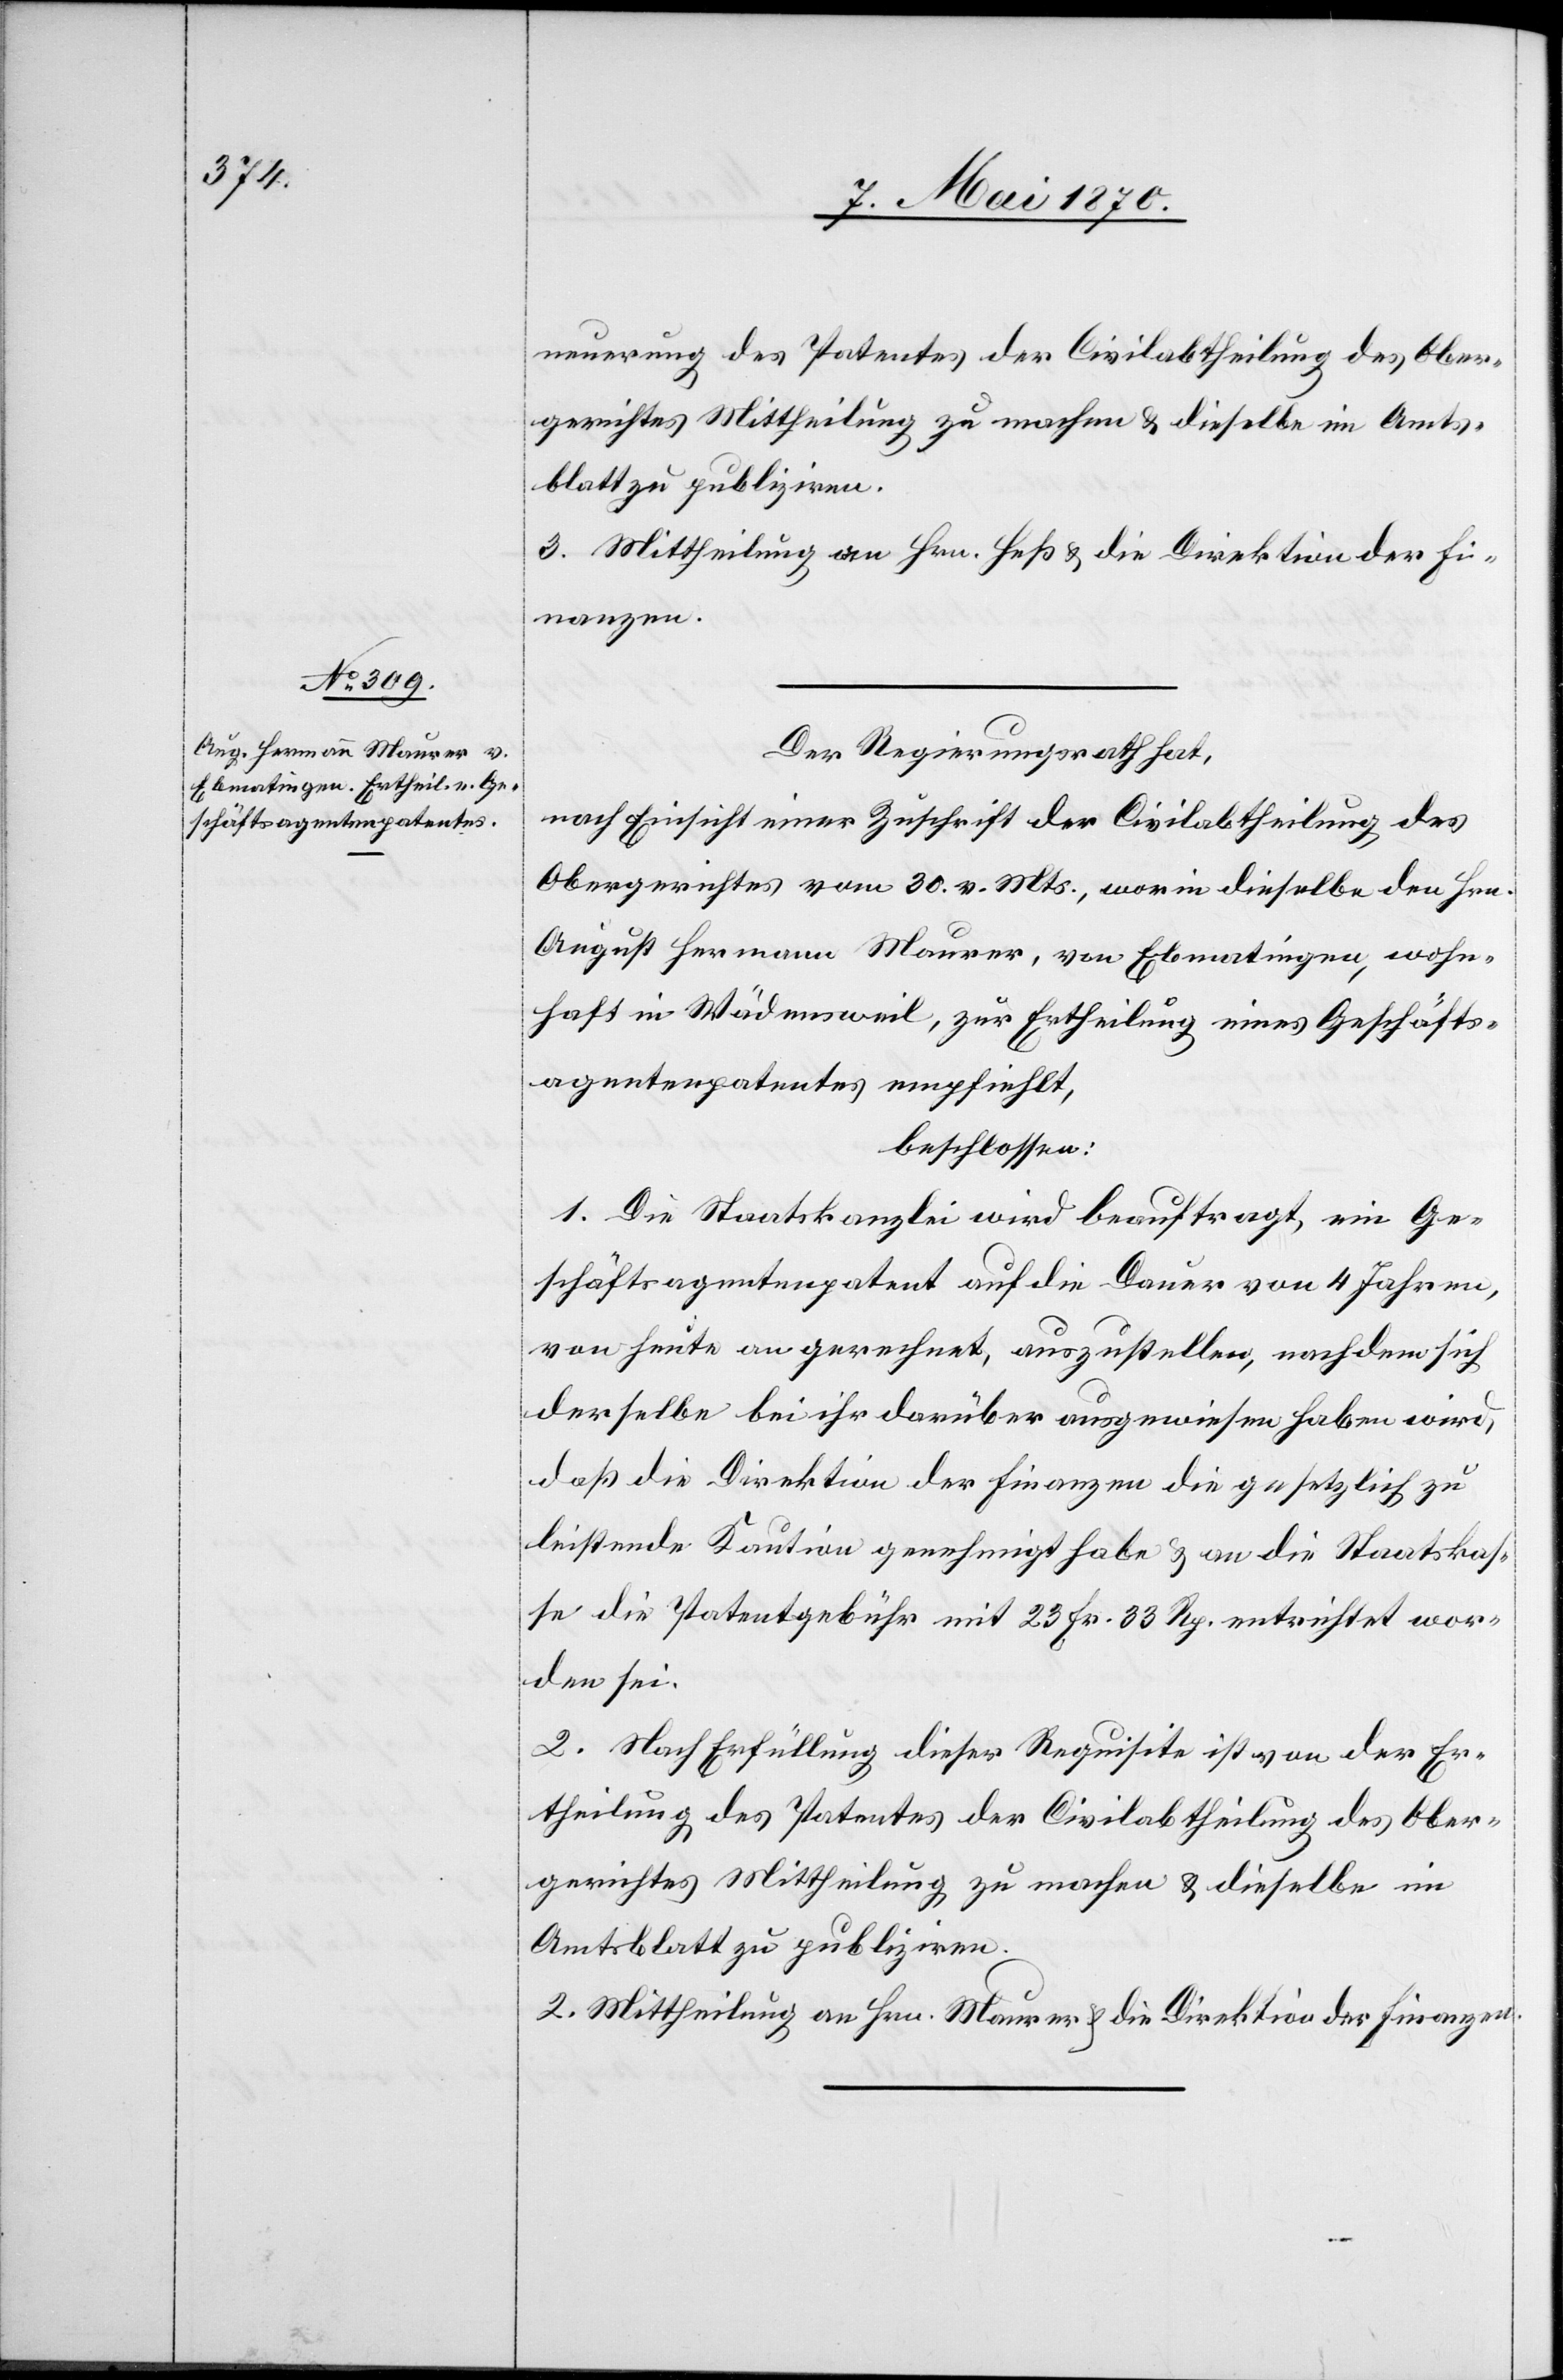
neuerung des Patentes der Civilabtheilung des Ober¬
3. Mittheilung an Hrn. Heß & die Direktion der Fi¬
nanzen.
Der Regierungsrath hat,
nach Einsicht einer Zuschrift der Civilabtheilung des
Obergerichtes vom 30. v. Mts., worin dieselbe den Hrn.
August Hermann Maurer, von Ebmatingen, wohn¬
haft in Wädensweil, zur Ertheilung eines Geschäfts¬
agentenpatentes empfiehlt,
beschlossen:
1. Die Staatskanzlei wird beauftragt, ein Ge¬
schäftsagentenpatent auf die Dauer von 4 Jahren,
von heute an gerechnet, auszustellen, nachdem sich
derselbe bei ihr darüber ausgewiesen haben wird,
daß die Direktion der Finanzen die gesetzlich zu
leistende Kaution genehmigt habe & an die Staatskas¬
se die Patentgebühr mit 23 Fr. 33 Rp. entrichtet wor¬
den sei.
2. Nach Erfüllung dieser Requisite ist von der Er¬
theilung des Patentes der Civilabtheilung des Ober¬
gerichtes Mittheilung zu machen & dieselbe im
Amtsblatt zu publiziren.
3.] Mittheilung an Hrn. Maurer & die Direktion der Finanzen.